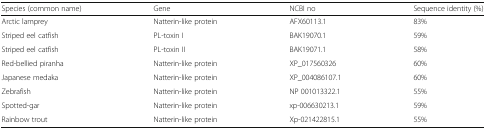
| Species (common name) | Gene | NCBI no | Sequence identity (%) |
 | --- | --- | --- | --- |
 | Arctic lamprey | Natterin-like protein | AFX60113.1 | 83% |
 | Striped eel catfish | PL-toxin I | BAK19070.1 | 59% |
 | Striped eel catfish | PL-toxin II | BAK19071.1 | 58% |
 | Red-bellied piranha | Natterin-like protein | XP_017560326 | 60% |
 | Japanese medaka | Natterin-like protein | XP_004086107.1 | 60% |
 | Zebrafish | Natterin-like protein | NP 001013322.1 | 55% |
 | Spotted-gar | Natterin-like protein | xp-006630213.1 | 59% |
 | Rainbow trout | Natterin-like protein | Xp-021422815.1 | 55% |